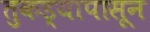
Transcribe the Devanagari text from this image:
तुकड्यापासून